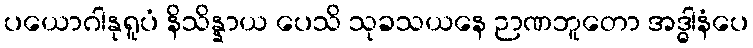
ပယောဂါနုရူပံ နိသိန္နာယ ပေသိ သုခသယနေ ဉာဏဘူတော အဒ္ဓါနံပေ